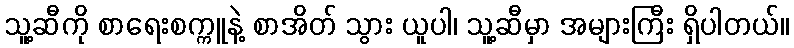
သူ့ဆီကို စာရေးစက္ကူနဲ့ စာအိတ် သွား ယူပါ၊ သူ့ဆီမှာ အများကြီး ရှိပါတယ်။